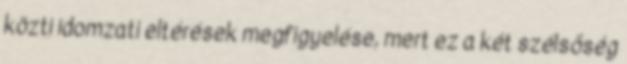
közti idomzati eltérések megfigyelése, mert ez a két szélsőség